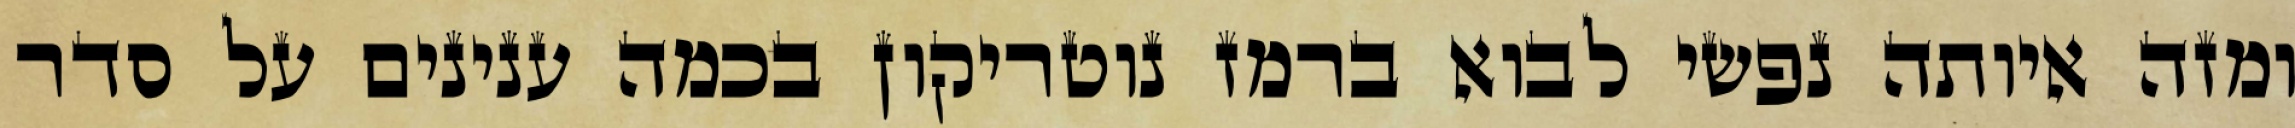
ומזה איותה נפשי לבוא ברמז נוטריקון בכמה ענינים על סדר